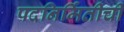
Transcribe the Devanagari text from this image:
पदनिर्मितीची